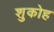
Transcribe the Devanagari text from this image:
शुकोह